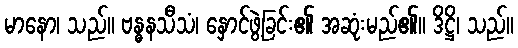
မာနော၊ သည်။ ဗန္ဓနသီသံ၊ နှောင်ဖွဲ့ခြင်း၏ အဆုံးမည်၏။ ဒိဋ္ဌိ၊ သည်။